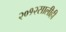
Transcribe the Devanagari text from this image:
२०१२सालीही